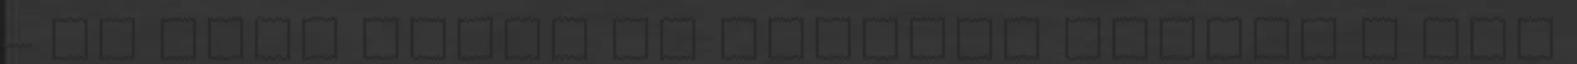
– és most végre jó kezekbe került a rég